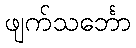
ဖျက်သင်္ဘော